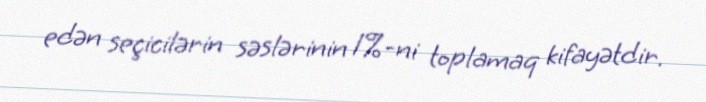
edən seçicilərin səslərinin 1%-ni toplamaq kifayətdir.